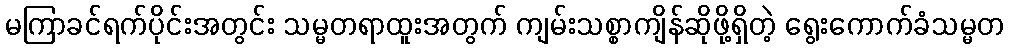
မကြာခင်ရက်ပိုင်းအတွင်း သမ္မတရာထူးအတွက် ကျမ်းသစ္စာကျိန်ဆိုဖို့ရှိတဲ့ ရွေးကောက်ခံသမ္မတ